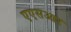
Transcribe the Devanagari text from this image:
एएसआर